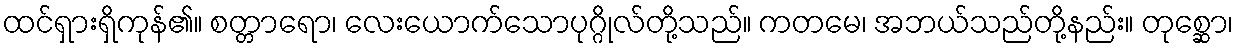
ထင်ရှားရှိကုန်၏။ စတ္တာရော၊ လေးယောက်သောပုဂ္ဂိုလ်တို့သည်။ ကတမေ၊ အဘယ်သည်တို့နည်း။ တုစ္ဆော၊